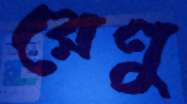
রেণু